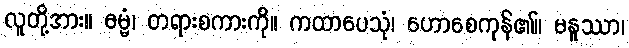
လူတို့အား။ ဓမ္မံ၊ တရားစကားကို။ ကထာပေသုံ၊ ဟောစေကုန်၏။ မနူဿာ၊